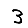
Digit: 3